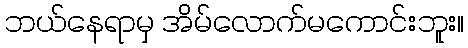
ဘယ်နေရာမှ အိမ်လောက်မကောင်းဘူး။